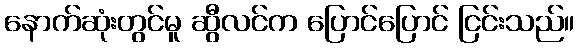
နောက်ဆုံးတွင်မူ ဆွီလင်က ပြောင်ပြောင် ငြင်းသည်။